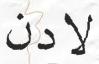
لادن